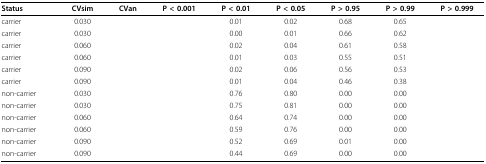
<table><thead><tr><td><b>Status</b></td><td><b>CVsim</b></td><td><b>CVan</b></td><td><b>P &lt; 0.001</b></td><td><b>P &lt; 0.01</b></td><td><b>P &lt; 0.05</b></td><td><b>P &gt; 0.95</b></td><td><b>P &gt; 0.99</b></td><td><b>P &gt; 0.999</b></td></tr></thead><tbody><tr><td>carrier</td><td>0.030</td><td>[EMPTY_CELL]</td><td>[EMPTY_CELL]</td><td>0.01</td><td>0.02</td><td>0.68</td><td>0.65</td><td>[EMPTY_CELL]</td></tr><tr><td>carrier</td><td>0.030</td><td>[EMPTY_CELL]</td><td>[EMPTY_CELL]</td><td>0.00</td><td>0.01</td><td>0.66</td><td>0.62</td><td>[EMPTY_CELL]</td></tr><tr><td>carrier</td><td>0.060</td><td>[EMPTY_CELL]</td><td>[EMPTY_CELL]</td><td>0.02</td><td>0.04</td><td>0.61</td><td>0.58</td><td>[EMPTY_CELL]</td></tr><tr><td>carrier</td><td>0.060</td><td>[EMPTY_CELL]</td><td>[EMPTY_CELL]</td><td>0.01</td><td>0.03</td><td>0.55</td><td>0.51</td><td>[EMPTY_CELL]</td></tr><tr><td>carrier</td><td>0.090</td><td>[EMPTY_CELL]</td><td>[EMPTY_CELL]</td><td>0.02</td><td>0.06</td><td>0.56</td><td>0.53</td><td>[EMPTY_CELL]</td></tr><tr><td>carrier</td><td>0.090</td><td>[EMPTY_CELL]</td><td>[EMPTY_CELL]</td><td>0.01</td><td>0.04</td><td>0.46</td><td>0.38</td><td>[EMPTY_CELL]</td></tr><tr><td>non-carrier</td><td>0.030</td><td>[EMPTY_CELL]</td><td>[EMPTY_CELL]</td><td>0.76</td><td>0.80</td><td>0.00</td><td>0.00</td><td>[EMPTY_CELL]</td></tr><tr><td>non-carrier</td><td>0.030</td><td>[EMPTY_CELL]</td><td>[EMPTY_CELL]</td><td>0.75</td><td>0.81</td><td>0.00</td><td>0.00</td><td>[EMPTY_CELL]</td></tr><tr><td>non-carrier</td><td>0.060</td><td>[EMPTY_CELL]</td><td>[EMPTY_CELL]</td><td>0.64</td><td>0.74</td><td>0.00</td><td>0.00</td><td>[EMPTY_CELL]</td></tr><tr><td>non-carrier</td><td>0.060</td><td>[EMPTY_CELL]</td><td>[EMPTY_CELL]</td><td>0.59</td><td>0.76</td><td>0.00</td><td>0.00</td><td>[EMPTY_CELL]</td></tr><tr><td>non-carrier</td><td>0.090</td><td>[EMPTY_CELL]</td><td>[EMPTY_CELL]</td><td>0.52</td><td>0.69</td><td>0.01</td><td>0.00</td><td>[EMPTY_CELL]</td></tr><tr><td>non-carrier</td><td>0.090</td><td>[EMPTY_CELL]</td><td>[EMPTY_CELL]</td><td>0.44</td><td>0.69</td><td>0.00</td><td>0.00</td><td>[EMPTY_CELL]</td></tr></tbody></table>